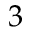
3